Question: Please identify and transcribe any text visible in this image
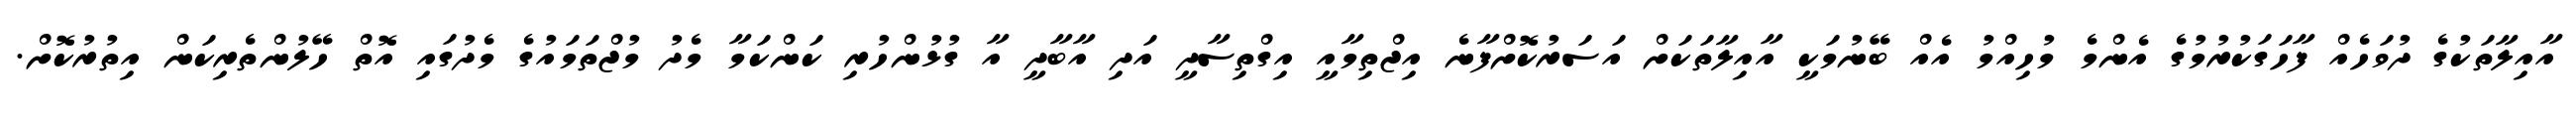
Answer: އާއިލާތަކުގެ ދުވަހެއް ފާހަގަކުރުމުގެ އެންމެ މުހިއްމު އެއް ބޭނުމަކީ އާއިލާތަކަށް އަސަރުކޮށްފާނެ އިޖްތިމާއީ އިގްތިސާދީ އަދި އާބާދީ އާ ގުޅުންހުރި ކަންކަމާ މެދު މުޖްތަމައުގެ މެދުގައި އޮތް ހޭލުންތެރިކަން އިތުރުކޮށް.